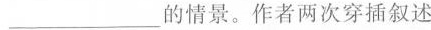
___的情景。作者两次穿插叙述